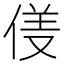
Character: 𱎹